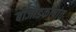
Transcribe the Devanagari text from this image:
बीजांडकोषांत